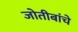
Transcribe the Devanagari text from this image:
जोतीबांचे